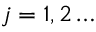
j = 1 , 2 \ldots